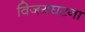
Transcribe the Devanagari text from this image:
विजयघटना